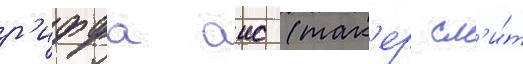
р'иффа аис (так'ер см'и́т